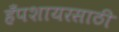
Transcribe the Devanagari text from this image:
हँपशायरसाठी